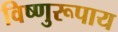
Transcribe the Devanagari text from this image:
विष्णुरूपाय